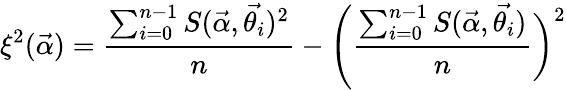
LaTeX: \xi^{2}(\vec{\alpha})=\frac{\sum_{i=0}^{n-1}S(\vec{\alpha},\vec{\theta_{i}})^{2}}{n}-\Biggl(\frac{\sum_{i=0}^{n-1}S(\vec{\alpha},\vec{\theta_{i}})}{n}\biggr)^{2}